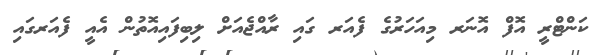
ކަންޓްރީ އޮފް އޮނަރ މިއަހަރުގެ ފެއަރ ގައި ރާއްޖެއަށް ލިބިފައިއޮތުން އެއީ ފެއަރގައި